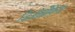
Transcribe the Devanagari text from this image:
जिओग्रैफ़िक